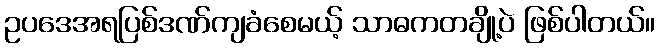
ဥပဒေအရပြစ်ဒဏ်ကျခံစေမယ့် သာဓကတချို့ပဲ ဖြစ်ပါတယ်။